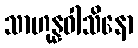
သာဟုန္နဝါသိနော